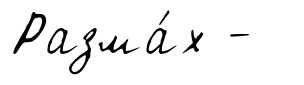
Разма́х -